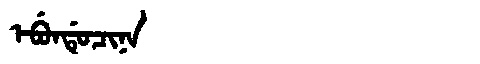
Manchu: ᡝᠪᡠᠨᡩᡠᠴᡳᠨᠠ
Romanization: EBUNDUCINA